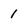
Character: 1